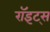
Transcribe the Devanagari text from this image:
रॉइट्स